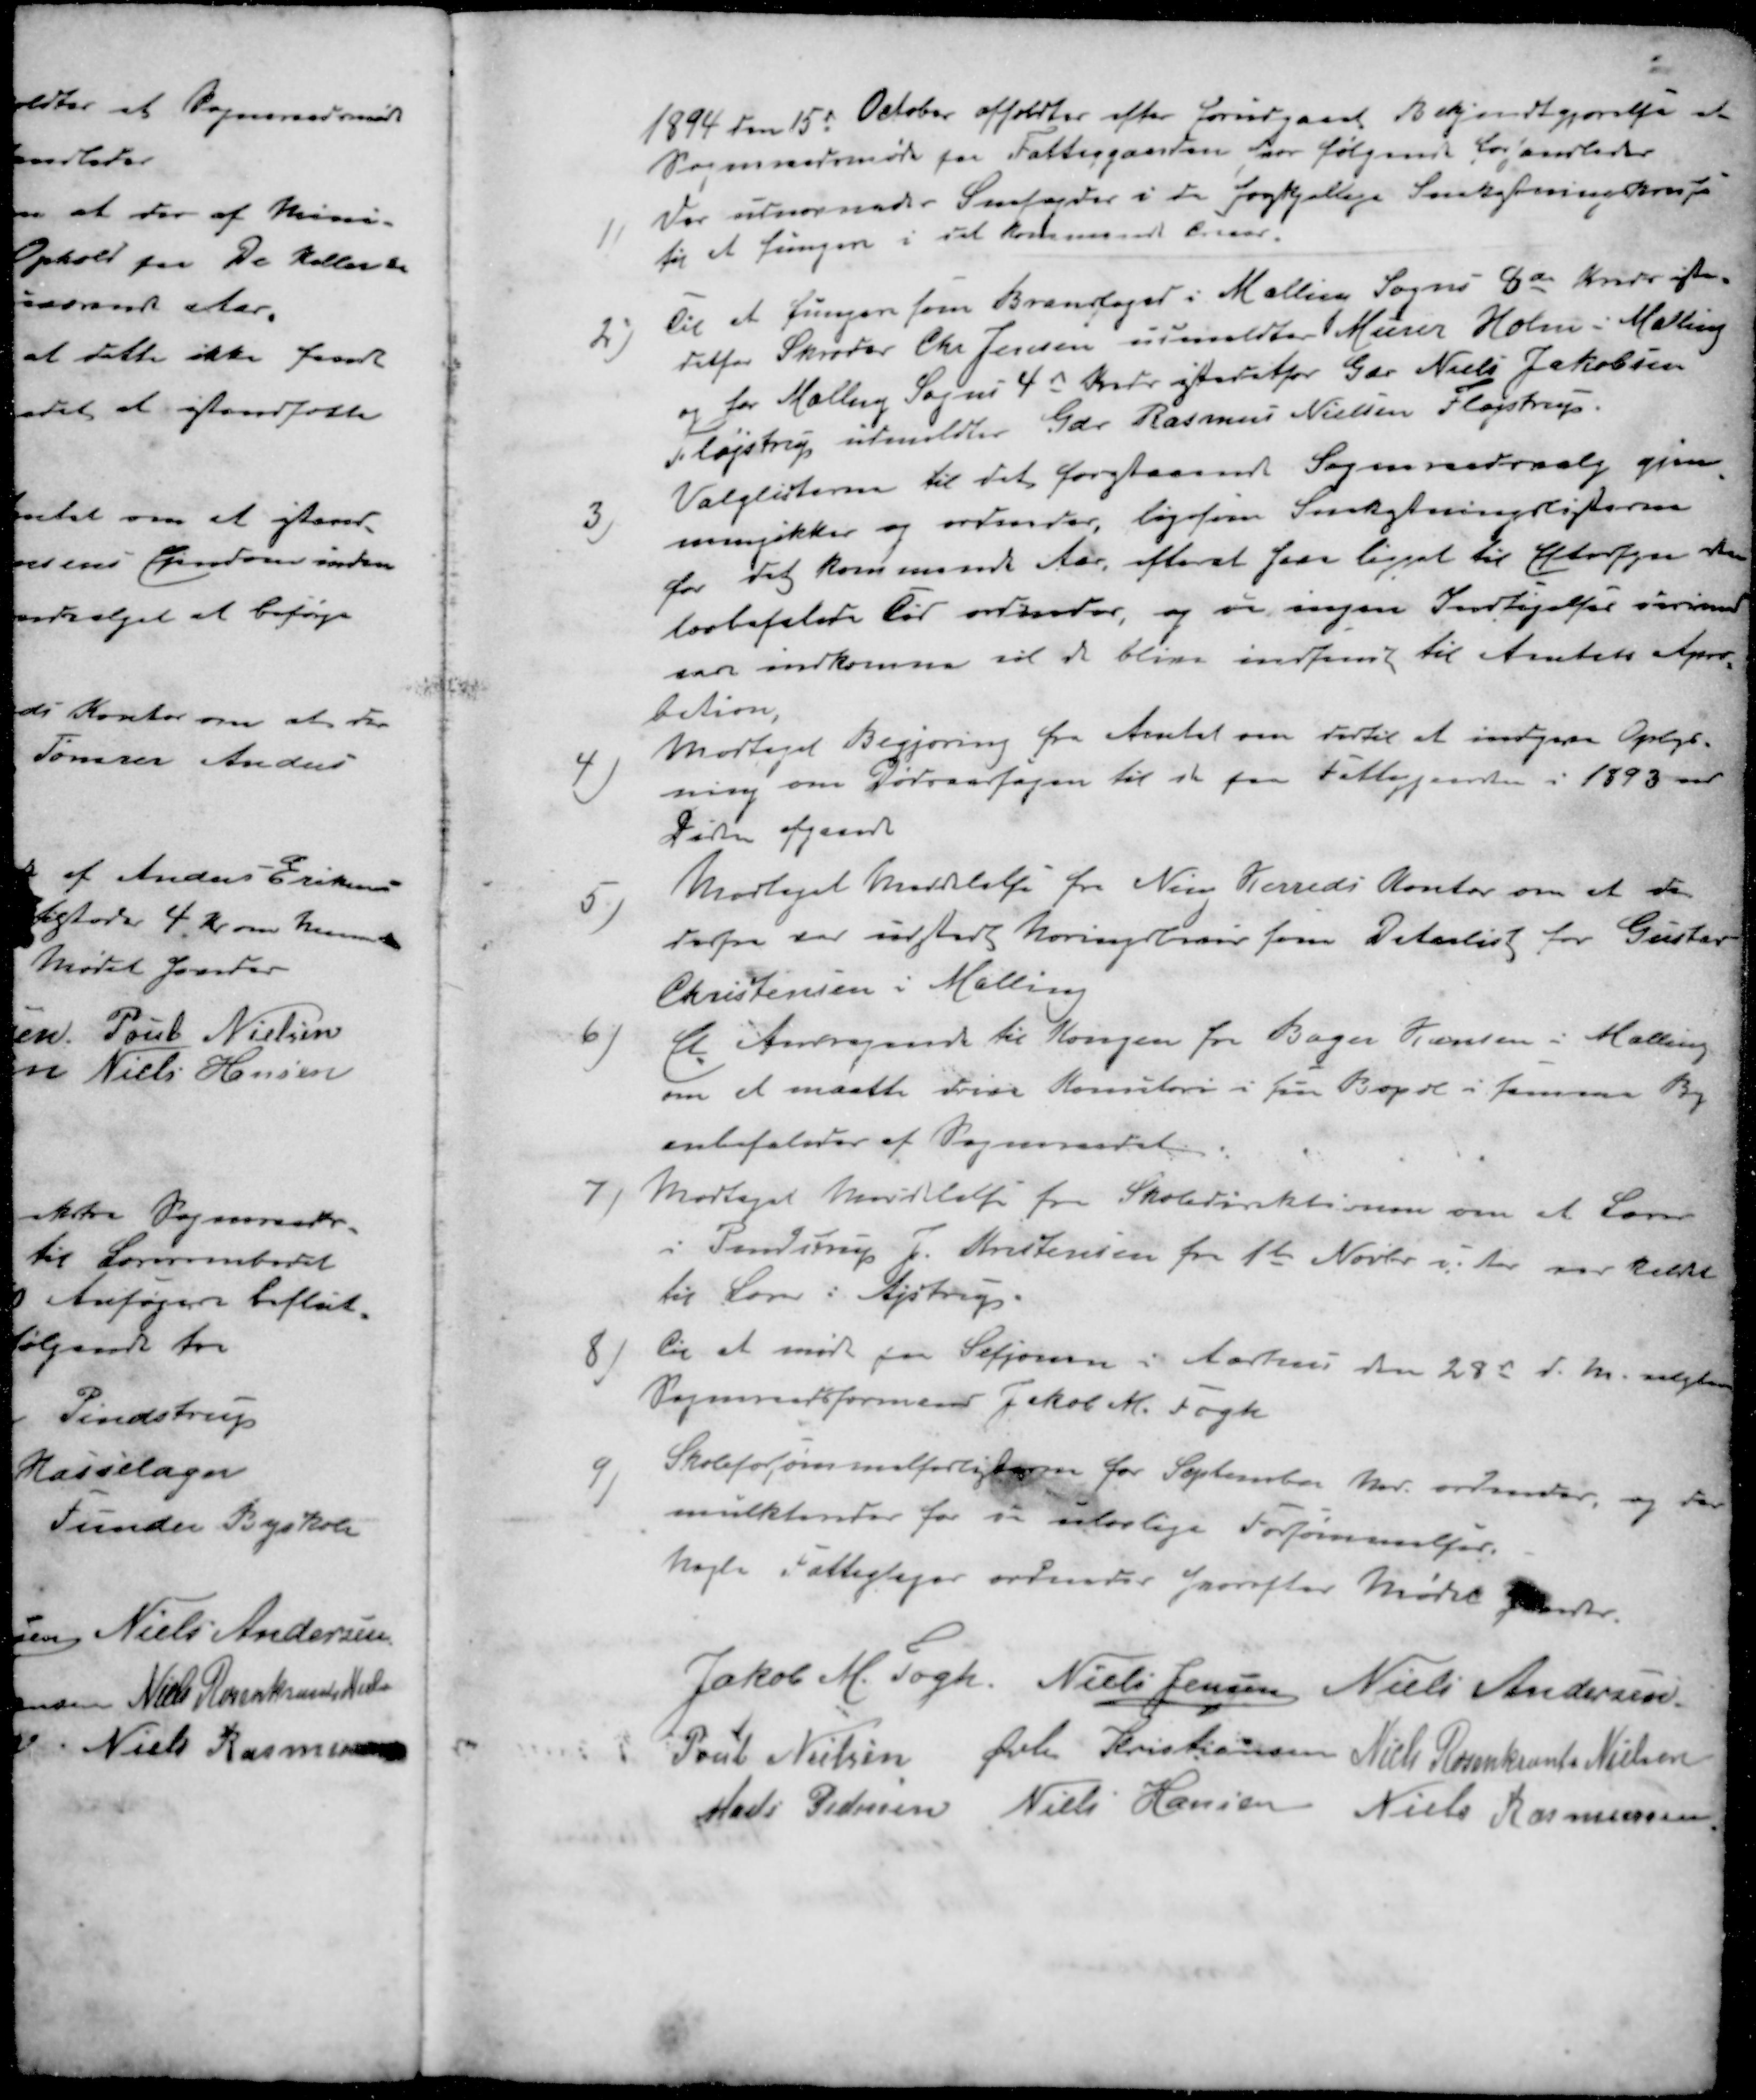
Transskription:
1894 den 15d October afholdtes efter forudgaaet Bekjendtgjørelse et
Sogneraadsmøde paa Fattiggaarden hvor følgende forhandledes
1 ) Der udnævnedes Snefogder i de forskjellige Snekastningskredse
for at fungere i det kommende Treaar
2 ) Til at fungere som Brandfoged i Malling Sogns 8d kreds iste-
detfor Skræder Chr Jensen udmeldtes Murer Holm i Malling
og for Malling Sogns 4 d Kreds istedetfor Gdr Niels Jakobsen
Fløjstrup udmeldtes Gdr. Rasmus Nielsen Flagstrup.
3 ) Valglisterne til det forstaaende Sogneraadsvalg gjen-
nemgikkes og ordnedes, ligesom Snekastningslisterne
for det kommende Aar, efterat have ligget til Eftersyn den
lovbefalede Tid ordinder, og vi ingen Indsigelser derimod
var indkomne vil de blive indsendt til Amtets Apro-
bation
4 ) Modtaget Begjæring fra Amtet om dertil at indgive Oplys-
ning om Dødsaarsagen til de fra Fattiggaarden i 1893 med
Tiden afgaaede
5 ) Modtaget Meddelelse fra Ning Herreds Kontor om at de
derfra har udstedt Næringsbrev som Detailist for Gustav
Christensen i Malling
6 ) Et. Andragende til Kongen fra Bager Hansen i Malling
om et maatte drive Konditori i sin Bopæl i sammes By
anbefaledes af Sogneraadet
7 ) Modtaget Meddelelse fra Skoledirektionen om at Lærer
i Pandstrup J. Kristensen fra 1te Novbr. i Aar var kaldet
til Lærer i Ajstrup.
8 ) til at møde paa Sesjonen i Aarhus den 28 d. M. valgtes
Sogneraadsformand Jakob M. Fogh
9 ) Skoleforsømmelseslisterne for September Md ordnedes, og der
mulkteredes for de ulovlige Forsømmelser
Nogle Fattigsager ordnedes hvorefter Mødet hævedes
Jakob M. Fogh
Niels Jensen
Niels Andersen
Poul Nielsen
Øvli Kristiansen
Niels Rosenkrants Nielsen
Mads Pedersen
Niels Hansen
Niels Rasmussen